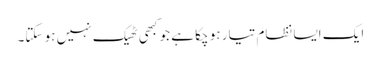
ایک ایسا نظام تیار ہو چکا ہے جو کبھی ٹھیک نہیں ہو سکتا۔